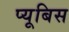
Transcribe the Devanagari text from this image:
प्यूबिस